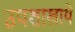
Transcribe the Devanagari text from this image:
उपशाखायें